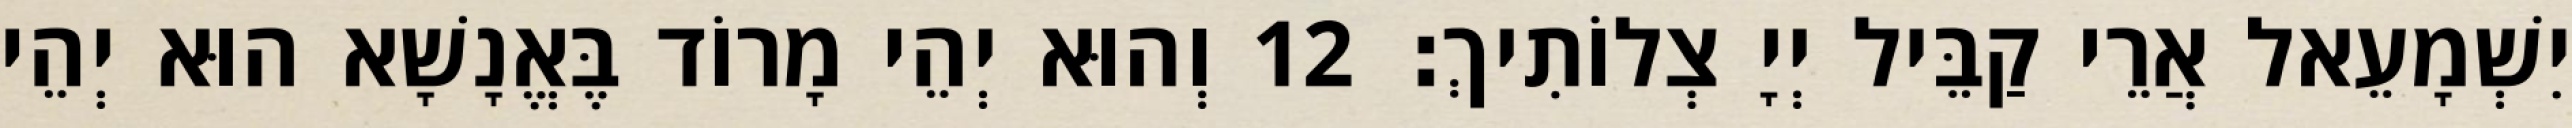
יִשְׁמָעֵאל אֲרֵי קַבֵּיל יְיָ צְלוֹתִיךְ׃ 12 וְהוּא יְהֵי מָרוֹד בֶּאֱנָשָׁא הוּא יְהֵי